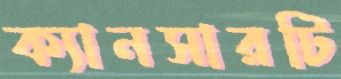
ক্যানসারটি